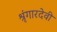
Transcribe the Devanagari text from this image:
श्रृंगारदेवी